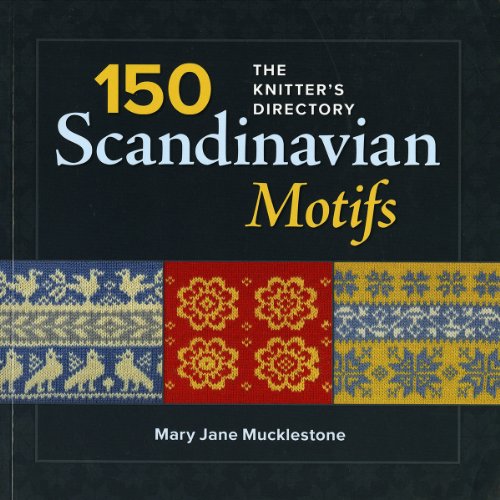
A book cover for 150 Scandinavian Motifs: The Knitter's Directory; Mary Jane Mucklestone; Crafts, Hobbies & Home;